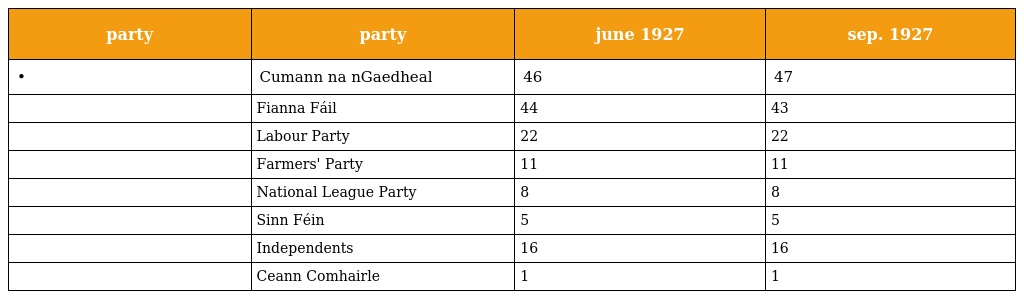
| party | party | june 1927 | sep. 1927 |
 | --- | --- | --- | --- |
 | • | Cumann na nGaedheal | 46 | 47 |
 |  | Fianna Fáil | 44 | 43 |
 |  | Labour Party | 22 | 22 |
 |  | Farmers' Party | 11 | 11 |
 |  | National League Party | 8 | 8 |
 |  | Sinn Féin | 5 | 5 |
 |  | Independents | 16 | 16 |
 |  | Ceann Comhairle | 1 | 1 |